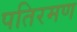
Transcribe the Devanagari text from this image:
पतिरमण